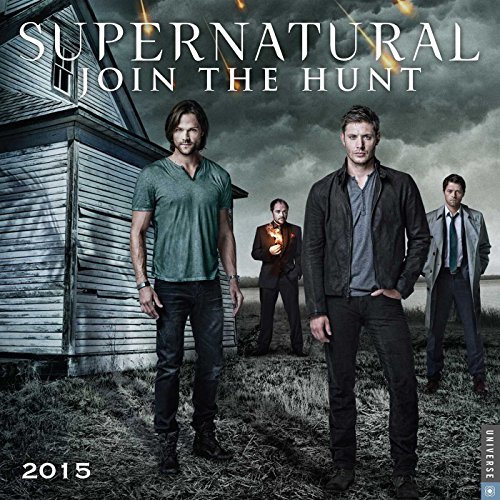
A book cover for Supernatural 2015 Wall Calendar: The Television Series; Warner Bros.; Calendars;